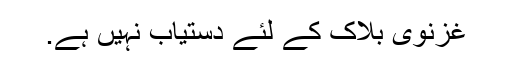
غزنوی بلاک کے لئے دستیاب نہیں ہے.